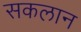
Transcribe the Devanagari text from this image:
सकलान